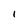
Character: I